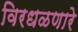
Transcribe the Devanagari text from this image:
विरधळणारे